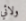
ولائي